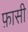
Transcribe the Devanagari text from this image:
फ़ासी